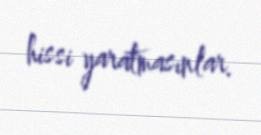
hissi yaratmasınlar.